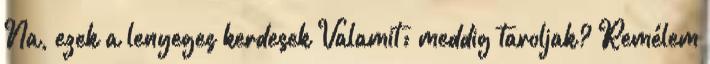
Na, ezek a lenyeges kerdesek Valamit: meddig taroljak? Remélem